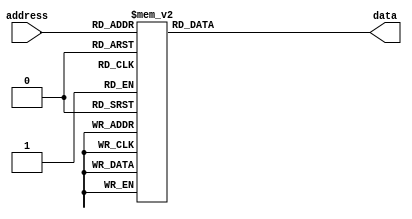
/* verilator lint_off UNUSED */
/* verilator lint_off UNDRIVEN */
/* verilator lint_off UNOPTFLAT */
module rom (
    input      [3:0] address,
    output reg [7:0] data
);
    always @* begin
        case (address)
            4'd0:    data = 8'd1;
            4'd1:    data = 8'd2;
            4'd2:    data = 8'd4;
            4'd3:    data = 8'd8;
            4'd4:    data = 8'd16;
            4'd5:    data = 8'd32;
            4'd6:    data = 8'd64;
            4'd7:    data = 8'd128;
            4'd8:    data = 8'd170;
            4'd9:    data = 8'd85;
            4'd10:   data = 8'd153;
            default: data = 8'd0;
        endcase
    end
endmodule